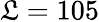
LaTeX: \mathfrak{L}=105